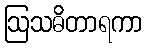
ဩသဓိတာရကာ